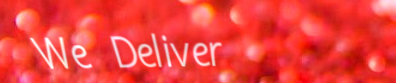
We Deliver